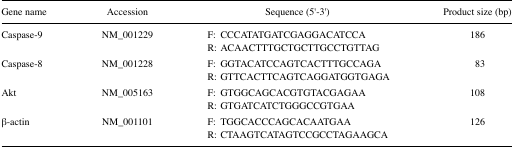
| Gene name | Accession | Sequence (5′-3′) | Product size (bp) |
 | --- | --- | --- | --- |
 | Caspase-9 | NM_001229 | F: CCCATATGATCGAGGACATCCAR: ACAACTTTGCTGCTTGCCTGTTAG | 186 |
 | Caspase-8 | NM_001228 | F: GGTACATCCAGTCACTTTGCCAGAR: GTTCACTTCAGTCAGGATGGTGAGA | 83 |
 | Akt | NM_005163 | F: GTGGCAGCACGTGTACGAGAAR: GTGATCATCTGGGCCGTGAA | 108 |
 | β-actin | NM_001101 | F: TGGCACCCAGCACAATGAAR: CTAAGTCATAGTCCGCCTAGAAGCA | 126 |